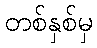
တစ်နှစ်မှ